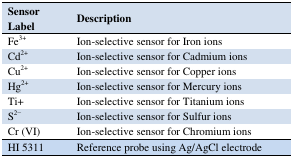
<table><thead><tr><td><b>Sensor Label</b></td><td><b>Description</b></td></tr></thead><tbody><tr><td>Fe<sup>3+</sup></td><td>Ion-selective sensor for Iron ions</td></tr><tr><td>Cd<sup>2+</sup></td><td>Ion-selective sensor for Cadmium ions</td></tr><tr><td>Cu<sup>2+</sup></td><td>Ion-selective sensor for Copper ions</td></tr><tr><td>Hg<sup>2+</sup></td><td>Ion-selective sensor for Mercury ions</td></tr><tr><td>Ti+</td><td>Ion-selective sensor for Titanium ions</td></tr><tr><td>S<sup>2−</sup></td><td>Ion-selective sensor for Sulfur ions</td></tr><tr><td>Cr (VI)</td><td>Ion-selective sensor for Chromium ions</td></tr><tr><td>HI 5311</td><td>Reference probe using Ag/AgCl electrode</td></tr></tbody></table>